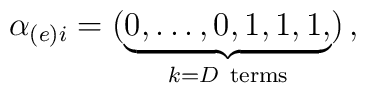
\alpha_{(e) i}= (\underbrace {0,\dots,0, 1, 1,1, }_{k=D \rm~ terms})\, ,